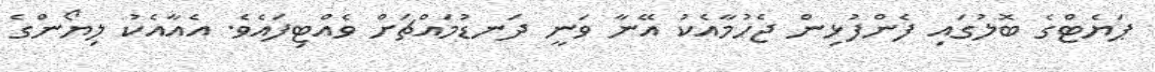
ޕަޔެޓްގެ ބޮލުގައި ފެންފުޅިން ޖެހުމާއެކު އޭނާ ވަނީ ދަނޑުމައްޗަށް ވެއްޓިފައެވެ. އެއާއެކު ލިޔޯންގެ